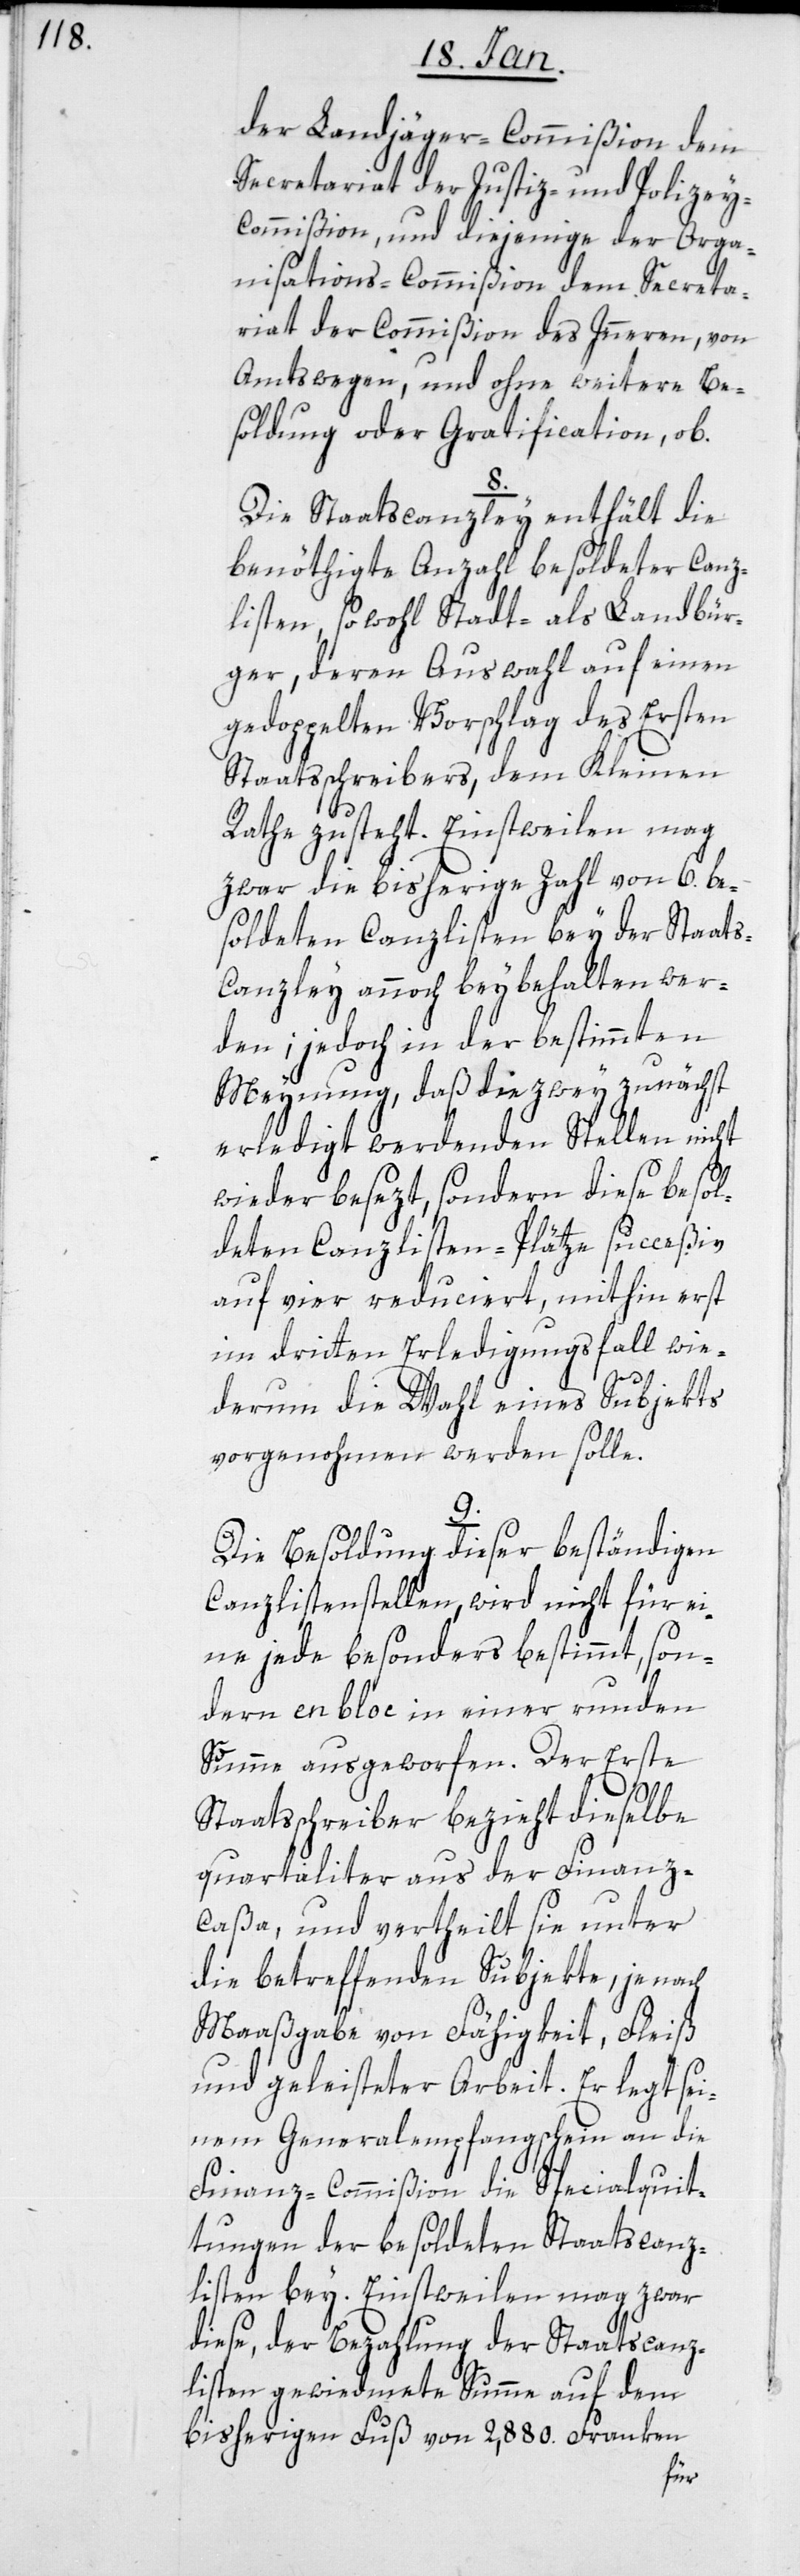
der Landjäger-Commißion, dem
Secretariat der Justiz- und Polizey-C¬
ommißion und diejenige der Orga¬
nisations-Commißion, dem Secreta¬
riat des Commißion des Inneren, von
Amtswegen, und ohne weitere Be¬
soldung oder Gratification, ob.
8.
Die Staatscanzley enthält die
benöthigte Anzahl besoldeter Canz¬
listen, sowohl Stadt- als Landbür¬
ger, deren Auswahl auf einen
gedoppelten Vorschlag des Ersten
Staatsschreibers, dem Kleinen
Rathe zusteht. Einstweilen mag
zwar die bisherige Zahl von 6. be¬
soldeten Canzlisten bey der Staat¬
s-Canzley annoch beybehalten wer¬
den; jedoch in der bestimmten
Meynung, daß die zwey zunächst
erledigt werdenden Stellen nicht
wieder besezt, sondern diese besol¬
deten Canzlisten-Plätze succeßiv
auf vier reduciert, mithin erst
im dritten Erledigungsfall wie¬
derum die Wahl eines Subjekts
vorgenohmen werden solle.
Die Besoldung dieser beständigen
Canzlistenstellen, wird nicht für ei¬
ne jede besonders bestimmt, son¬
dern en bloc in einer runden
Summe ausgeworfen. Der Erste
Staatsschreiber bezieht dieselbe
quartaliter aus der Finanz¬
caßa, und vertheilt sie unter
die betreffenden Subjekte, je nach
Maaßgabe von Fähigkeit, Fleiß
und geleisteter Arbeit. Er legt sei¬
nem Generalempfangschein an die
Finanz-Commißion die Spezialquit¬
tungen der besoldeten Staatscanz¬
listen bey. Einstweilen mag zwar
diese, der Bezahlung der Staatscanz¬
listen gewiedmete Summe auf dem
bisherigen Fuß von 2,880. Franken